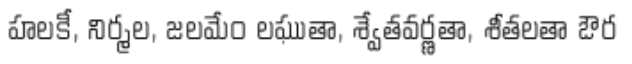
హలకీ, నిర్మల, జలమేం లఘుతా, శ్వేతవర్ణతా, శీతలతా ఔర